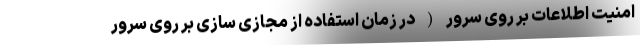
امنیت اطلاعات بر روی سرور ( در زمان استفاده از مجازی سازی بر روی سرور